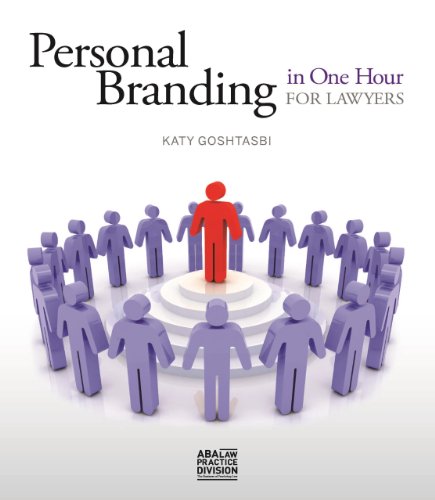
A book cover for Personal Branding in One Hour for Lawyers; Katy Goshtasbi; Law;